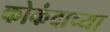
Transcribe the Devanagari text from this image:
कोकंदाच्या